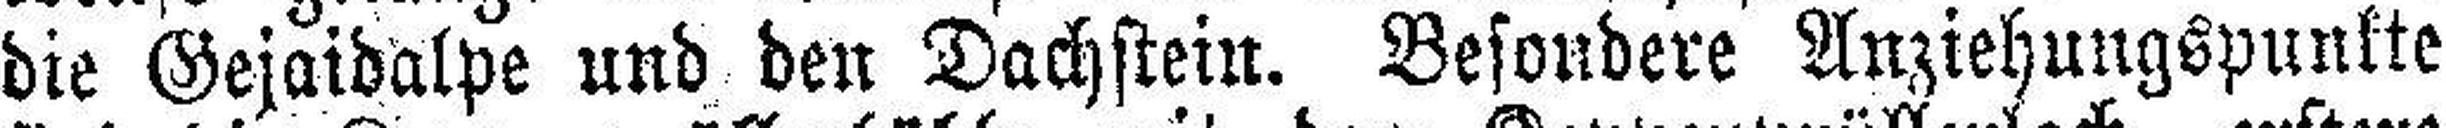
die Gejaidalpe und den Dachstein. Besondere Anziehungspunkte